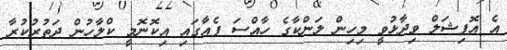
އެ އޮފިޝަލް ވިދާޅުވީ މިހިން ލަންކާގެ ހާއްސަ ފެއާގައި އިކޮނޮމީ ކްލާހުން ދަތުރުކުރާ